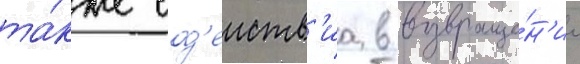
та́кже сод'еиств'иа в возвраще́н'ии